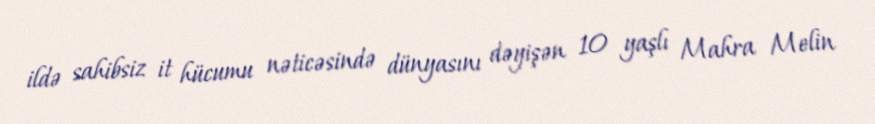
ildə sahibsiz it hücumu nəticəsində dünyasını dəyişən 10 yaşlı Mahra Melin